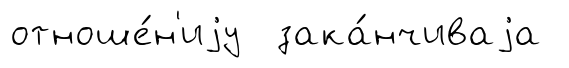
отноше́н'иjу зака́нчиваjа